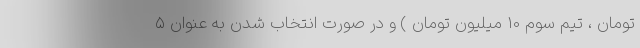
تومان ، تیم سوم 10 میلیون تومان ) و در صورت انتخاب شدن به عنوان ۵